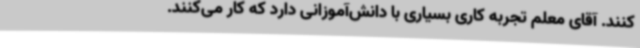
کنند. آقای معلم تجربه کاری بسیاری با دانش‌آموزانی دارد که کار می‌کنند.